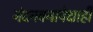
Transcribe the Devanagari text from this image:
नंदनवनापेक्षाही